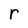
Character: r